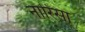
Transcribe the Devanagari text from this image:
नारिसा